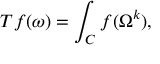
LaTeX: T f ( \omega ) = \int _ { C } f ( \Omega ^ { k } ) ,